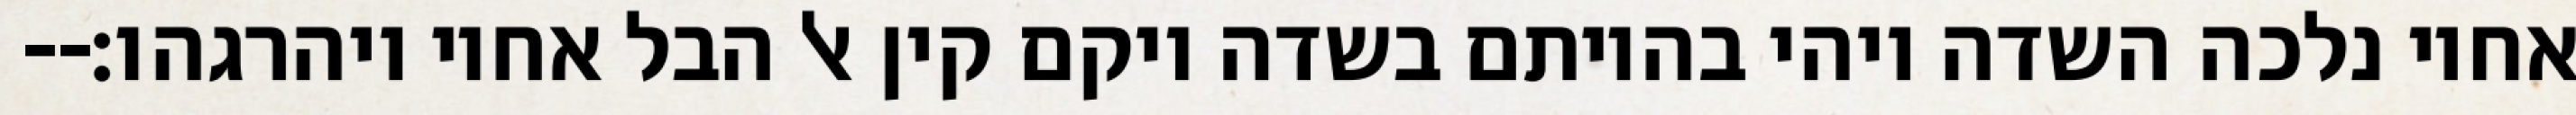
אחיו נלכה השדה ויהי בהיותם בשדה ויקם קין אל הבל אחיו ויהרגהו׃--